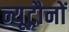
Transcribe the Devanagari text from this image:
न्यूट्रौनों